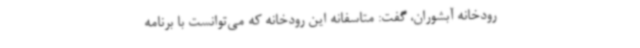
رودخانه آبشوران، گفت: متاسفانه این رودخانه که می‌توانست با برنامه